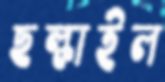
ছল্‌কাইল